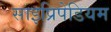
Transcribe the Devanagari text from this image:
साइप्रिपेडियम